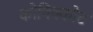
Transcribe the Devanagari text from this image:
कोषिक्कोट